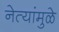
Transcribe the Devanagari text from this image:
नेत्यांमुळे